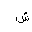
Letter: _shin